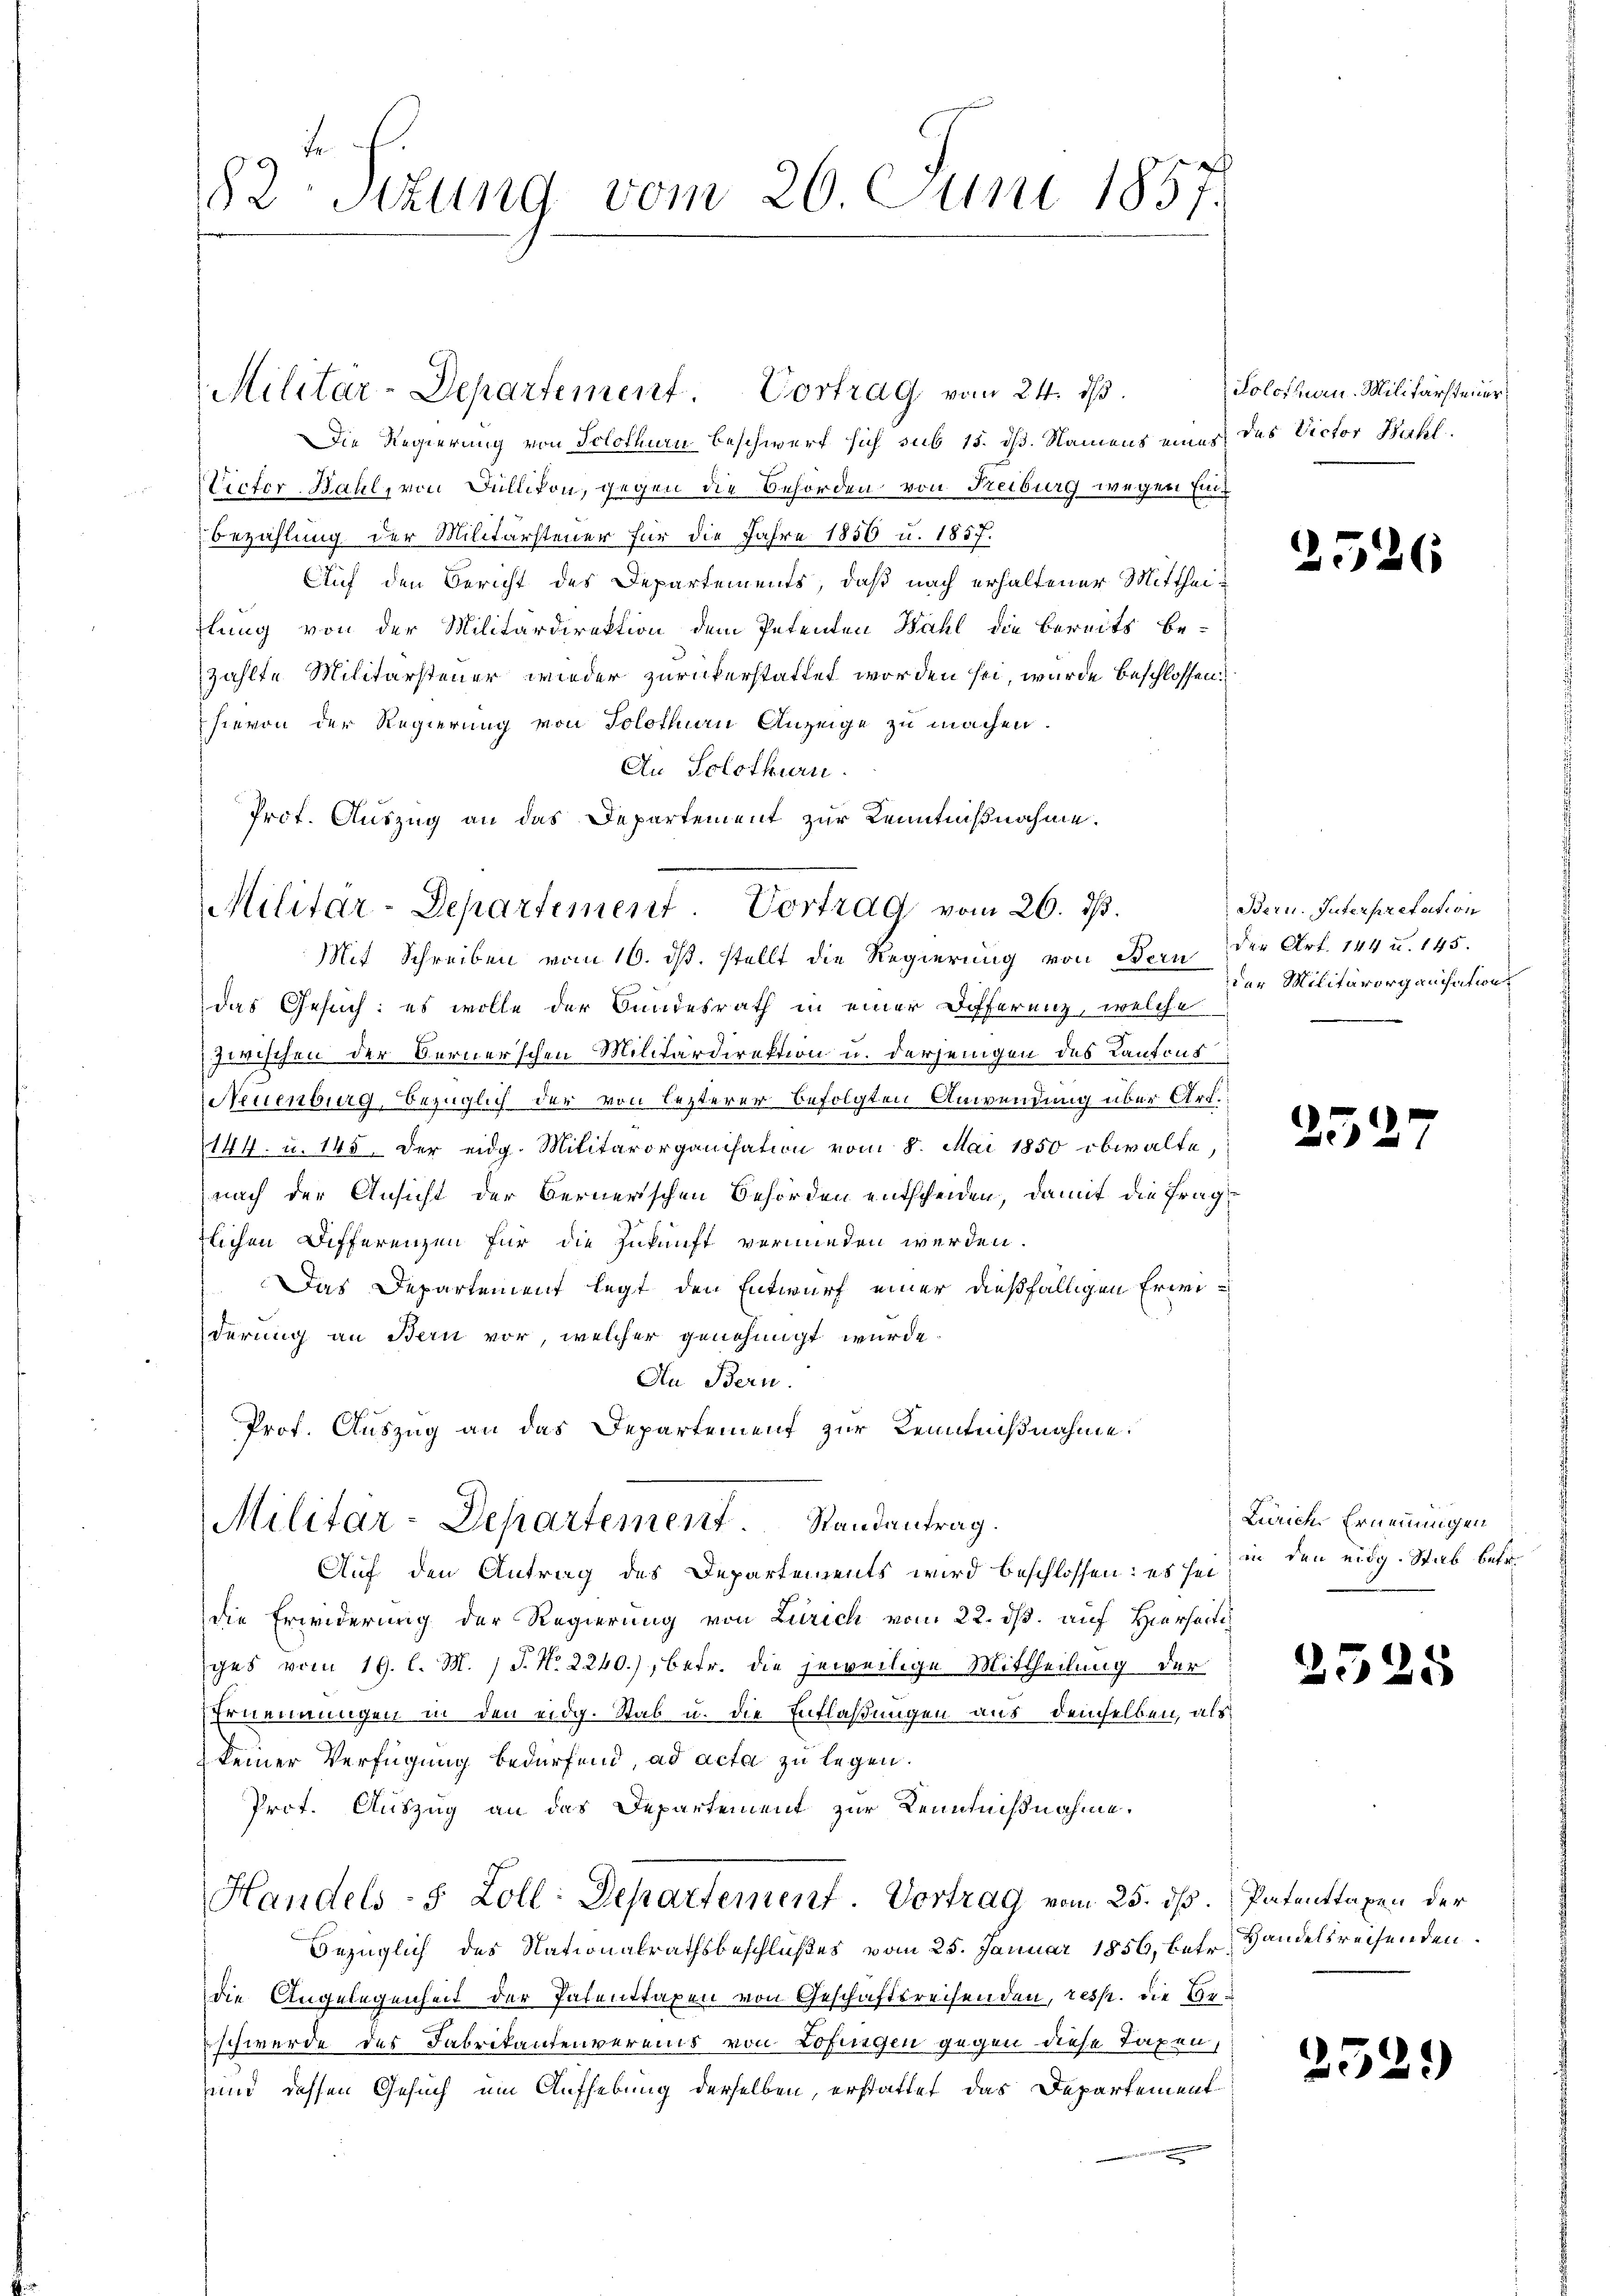
182 Sizung vom 26. Juni 1857.

Die Regierung von Solothurn Beschwurf sich sub 15. dß. Namens eines des Victor Bahlicter Bahl, von Füllikon, gegen die Behörden von Freiburg wegen Ein¬
Bezahlung der Militärsteuer für die Jahre 1856 u. 1857.
Auf den Bericht des Departements, daß nach erhaltener Mittheitlung von der Militärdirektion dem Petenten Wahl die bereits be-
zählte Militärsteuer wieder zurückerstattet worden sei, wurde beschlossen:
hievon der Regierung von Solothurn Anzeige zu machen.
An Solothurn.
Prot. Auszug an das Departement zur Kenntnißnahme.

Militar-Departement Cortrag vom 24. ds.

Militar-Departement. Vortrag vom 26. ds.
Mit Schreiben vom 16. ds. stellt die Regierung von Bern der Art. 144 u. 145.

das Gesuch: es wolle der Bundesrath in einer Differenz, welche
zwischen der Bernerschen Militärdirektion u. derjenigen des Kantons
Neuenburg, bezüglich der von lezterer befolgten Anwendung über Art.
144. u. 145. Der eidg. Militärorganisation vom 8. Mai 1850 obwalte,
nach der Ansicht der Bernerischen Behörden entscheiden, damit die fraglichen Differenzen für die Zukunft vermieden werden.
Das Departement legt den Entwurf einer dießfälligen Erweiderung an Bern vor, welcher genehmigt wurde.
Hn Bern.
Prof. Auszug an das Departement zur Kennißnahme.

Militar-Departement. Randantrag.
Auf den Antrag des Departements wird beschlossen: es sei, in den eidg. Stab betr.

die Erwiderung der Regierung von Zürich vom 22. ds. auf Hierseiti
ges vom 19. l. M. J. No. 2240), betr. die jeweilige Mittheilung der
Ernennungen in den eidg. Stab u. die Entlaßungen aus demselben, als
keiner Verfügung bedürfend, ad acta zu legen.
Prot. Auszug an das Departement zur Kenntnißnahme.
Handels- 8 Zoll: Departement. Vortrag vom 25. ds.
Bezüglich des Nationalrathsbeschlußes vom 25. Januar 1856, betr. Handelsreisenden
die Angelegenheit der Patenstaxen von Geschaftsrechenden, resp. die Geschwerde des Fabrikantenvereins von Zofingen gegen diese Taxen,
und dessen Gesuch um Aufhebung derselben, erstattet das Departement
e

Solothum. Militärsteuer,

25.

Bern. Interpretation
der Militärorganisation

35.

Zürich. Ernennungen

2525

25.

6

Patenttaxen der

)